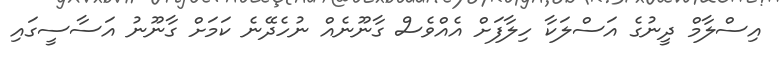
އިސްލާމް ދީނުގެ އަސްލަކާ ހިލާފަށް އެއްވެސް ގާނޫނެއް ނުހެދޭނެ ކަމަށް ގާނޫނު އަސާސީގައި